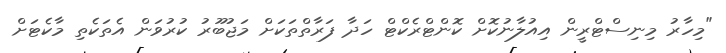
"މިހާރު މިނިސްޓްރީން އިއުލާނުކޮށް ކޮންޓްރެކްޓް ހަދާ ފަރާތްތަކަށް މަޖުބޫރު ކުރުވަން އެތަކެތި މާކެޓަށް